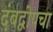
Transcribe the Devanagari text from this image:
दंबद्वीपचा